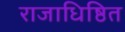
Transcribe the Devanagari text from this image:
राजाधिष्ठित